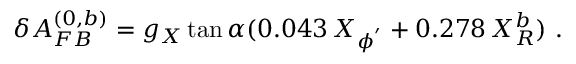
\delta A _ { F B } ^ { ( 0 , b ) } = g _ { X } \tan \alpha ( 0 . 0 4 3 \, X _ { \phi ^ { ' } } + 0 . 2 7 8 \, X _ { R } ^ { b } ) ~ .